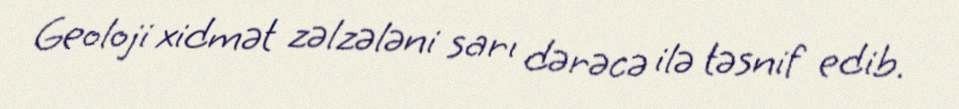
Geoloji xidmət zəlzələni sarı dərəcə ilə təsnif edib.